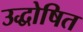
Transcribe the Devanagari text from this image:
उद्धोषित